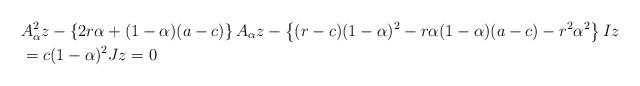
LaTeX: \begin{align*} & A_\alpha^2 z -\left\lbrace 2r\alpha+(1-\alpha)(a-c) \right\rbrace A_\alpha z -\left\lbrace (r-c)(1-\alpha)^2-r\alpha (1-\alpha)(a-c)-r^2\alpha^2 \right\rbrace Iz \\ & =c(1-\alpha)^2Jz=0 \end{align*}